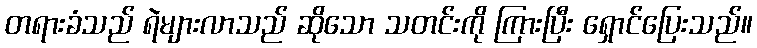
တရားခံသည် ရဲများလာသည် ဆိုသော သတင်းကို ကြားပြီး ရှောင်ပြေးသည်။